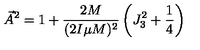
\vec { A } ^ { 2 } = 1 + \frac { 2 M } { ( 2 I \mu M ) ^ { 2 } } \left( J _ { 3 } ^ { 2 } + \frac { 1 } { 4 } \right)